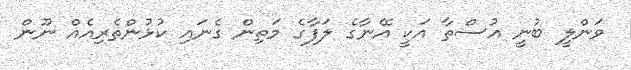
ވަންލީ ބުނީ އުސްތާ އަކީ އޭނާގެ ލަފާގެ މަތިން ގެނައި ކުޅުންތެރިއެއް ނޫން